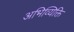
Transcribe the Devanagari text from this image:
अभिव्यिक्ति